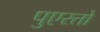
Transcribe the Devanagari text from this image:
पुएरतो